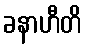
ခနာဟီတိ